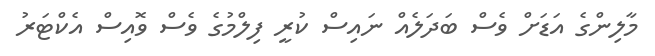
މާލިންގެ އަޑަށް ވެސް ބަދަލެއް ނައިސް ކުރީ ފިލްމުގެ ވެސް ވޮއިސް އެކްޓަރު